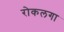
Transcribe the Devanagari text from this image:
रोकलगा